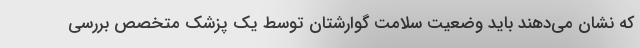
که نشان می‌دهند باید وضعیت سلامت گوارشتان توسط یک پزشک متخصص بررسی